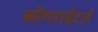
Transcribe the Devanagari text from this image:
सोंगराईटर्ज़